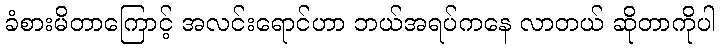
ခံစားမိတာကြောင့် အလင်းရောင်ဟာ ဘယ်အရပ်ကနေ လာတယ် ဆိုတာကိုပါ